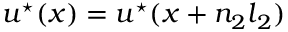
\boldsymbol { u } ^ { \star } ( \boldsymbol { x } ) = \boldsymbol { u } ^ { \star } ( \boldsymbol { x } + n _ { 2 } \boldsymbol { l } _ { 2 } )